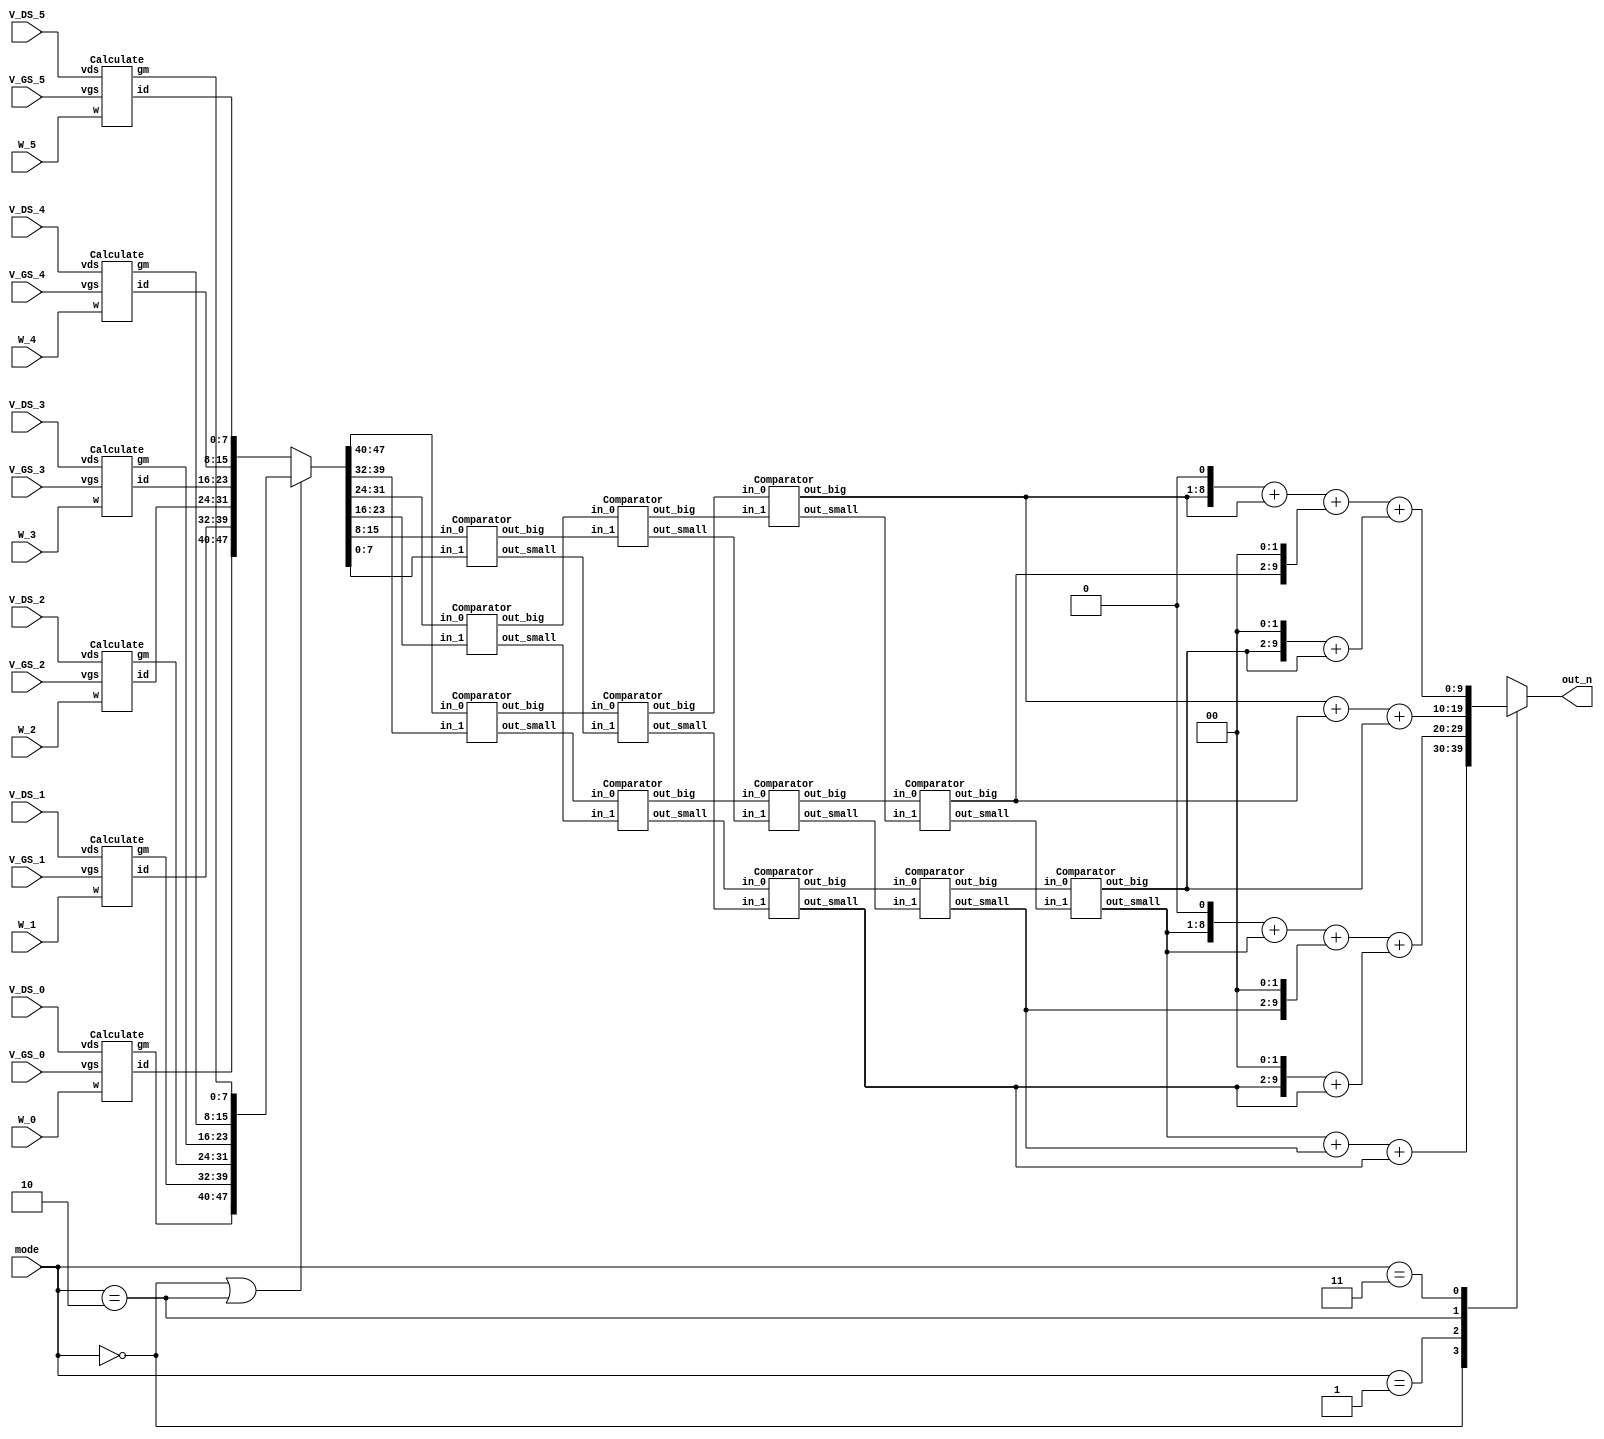
module SMC(
  // Input signals
    mode,
    W_0, V_GS_0, V_DS_0,
    W_1, V_GS_1, V_DS_1,
    W_2, V_GS_2, V_DS_2,
    W_3, V_GS_3, V_DS_3,
    W_4, V_GS_4, V_DS_4,
    W_5, V_GS_5, V_DS_5,   

  // Output signals
    out_n
);

input [2:0] W_0, V_GS_0, V_DS_0;
input [2:0] W_1, V_GS_1, V_DS_1;
input [2:0] W_2, V_GS_2, V_DS_2;
input [2:0] W_3, V_GS_3, V_DS_3;
input [2:0] W_4, V_GS_4, V_DS_4;
input [2:0] W_5, V_GS_5, V_DS_5;
input [1:0] mode;

output reg [9:0] out_n;


wire [7:0] ID0, ID1, ID2, ID3, ID4, ID5;
wire [7:0] GM0, GM1, GM2, GM3, GM4, GM5;

reg [7:0] A, B, C, D, E, F;

wire [7:0] lv0_n0, lv0_n1, lv0_n2, lv0_n3, lv0_n4, lv0_n5;
wire [7:0] lv1_n0, lv1_n1, lv1_n2, lv1_n3, lv1_n4, lv1_n5;
wire [7:0] lv2_n0, lv2_n1, lv2_n2, lv2_n3, lv2_n4, lv2_n5;
wire [7:0] lv3_n0, lv3_n1, lv3_n2, lv3_n3, lv3_n4, lv3_n5;

// n0 >= n1 >= n2 >= n3 >= n4 >= n5
wire [7:0] n0, n1, n2, n3, n4, n5;

Calculate calc0(.w(W_0), .vgs(V_GS_0), .vds(V_DS_0), .id(ID0), .gm(GM0));
Calculate calc1(.w(W_1), .vgs(V_GS_1), .vds(V_DS_1), .id(ID1), .gm(GM1));
Calculate calc2(.w(W_2), .vgs(V_GS_2), .vds(V_DS_2), .id(ID2), .gm(GM2));
Calculate calc3(.w(W_3), .vgs(V_GS_3), .vds(V_DS_3), .id(ID3), .gm(GM3));
Calculate calc4(.w(W_4), .vgs(V_GS_4), .vds(V_DS_4), .id(ID4), .gm(GM4));
Calculate calc5(.w(W_5), .vgs(V_GS_5), .vds(V_DS_5), .id(ID5), .gm(GM5));

always @ (*) begin
  if(mode == 2'b00 || mode == 2'b10)
    {A, B, C, D, E, F} = {GM0, GM1, GM2, GM3, GM4, GM5};
  else
    {A, B, C, D, E, F} = {ID0, ID1, ID2, ID3, ID4, ID5};
end

Comparator cmp1_lv0 (.in_0(A), .in_1(B), .out_small(lv0_n0), .out_big(lv0_n1));
Comparator cmp2_lv0 (.in_0(C), .in_1(D), .out_small(lv0_n2), .out_big(lv0_n3));
Comparator cmp3_lv0 (.in_0(E), .in_1(F), .out_small(lv0_n4), .out_big(lv0_n5));

Comparator cmp4_lv1 (.in_0(lv0_n0), .in_1(lv0_n2), .out_small(lv1_n0), .out_big(lv1_n1));
Comparator cmp5_lv1 (.in_0(lv0_n1), .in_1(lv0_n4), .out_small(lv1_n2), .out_big(lv1_n3));
Comparator cmp6_lv1 (.in_0(lv0_n3), .in_1(lv0_n5), .out_small(lv1_n4), .out_big(lv1_n5));

Comparator cmp7_lv2 (.in_0(lv1_n0), .in_1(lv1_n2), .out_small(lv2_n0), .out_big(lv2_n1));
Comparator cmp8_lv2 (.in_0(lv1_n1), .in_1(lv1_n4), .out_small(lv2_n2), .out_big(lv2_n3));
Comparator cmp9_lv2 (.in_0(lv1_n3), .in_1(lv1_n5), .out_small(lv2_n4), .out_big(lv2_n5));

assign lv3_n0 = lv2_n0;
Comparator cmp10_lv3 (.in_0(lv2_n1), .in_1(lv2_n2), .out_small(lv3_n1), .out_big(lv3_n2));
Comparator cmp11_lv3 (.in_0(lv2_n3), .in_1(lv2_n4), .out_small(lv3_n3), .out_big(lv3_n4));
assign lv3_n5 = lv2_n5;

assign n5 = lv3_n0;
assign n4 = lv3_n1;
Comparator cmp12_lv4 (.in_0(lv3_n2), .in_1(lv3_n3), .out_small(n3), .out_big(n2));
assign n1 = lv3_n4;
assign n0 = lv3_n5;

always @ (*) begin
  case(mode)
    2'b00 : out_n = n3 + n4 + n5;
    2'b01 : out_n = ((n3 << 1) + n3) + (n4 << 2) + ((n5 << 2) + n5);
    2'b10 : out_n = n0 + n1 + n2;
    2'b11 : out_n = ((n0 << 1) + n0) + (n1 << 2) + ((n2 << 2) + n2);
  endcase
end

endmodule


module Calculate(
  w,
  vgs,
  vds,
  id,
  gm
);

input [2:0] w, vgs, vds;
output [7:0] id, gm;

parameter vt = 3'b1;

wire [2:0] w, vgs, vds, diff;
reg [7:0] id, gm, w_vds;
wire mode;

assign diff = vgs - vt;
assign mode = (diff > vds) ? 1'b1 : 1'b0; // 1: Triode mode, 0: Saturation mode

always @ (*) begin
  if(mode == 1'b1) begin
    w_vds = w * vds;
    id = (w_vds * ((diff << 1) - vds)) / 3'd3;
    gm = (w_vds << 1) / 3'd3;
  end
  else begin
    id = (w * diff * diff) / 3'd3;
    gm = (w * (diff << 1)) / 3'd3;
  end
end

endmodule


module Comparator (
  in_0,
	in_1,
	out_small,
	out_big
);

input [7:0] in_0, in_1;
output [7:0] out_small, out_big;

assign out_small = (in_0 <= in_1) ? in_0 : in_1;
assign out_big = (in_0 <= in_1) ? in_1 : in_0;
  
endmodule